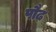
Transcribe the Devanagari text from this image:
पौढ़